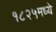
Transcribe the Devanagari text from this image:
१८२५मध्ये